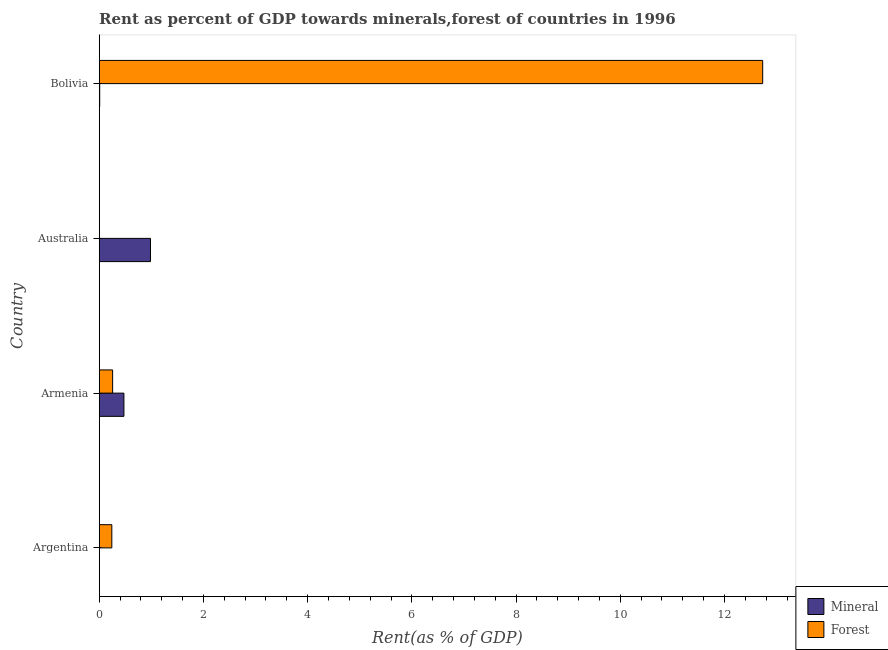
| Country | Mineral | Forest |
 | --- | --- | --- |
 | Argentina | 0.00211 | 0.242 |
 | Armenia | 0.474 | 0.257 |
 | Australia | 0.984 | 0.00161 |
 | Bolivia | 0.00924 | 12.7 |